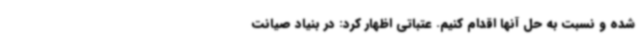
شده و نسبت به حل آنها اقدام کنیم. عتباتی اظهار کرد: در بنیاد صیانت